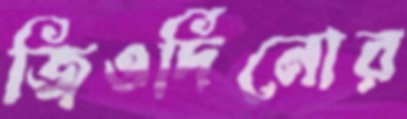
জিওর্দিনোর